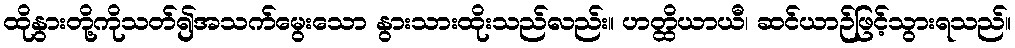
ထိုနွားတို့ကိုသတ်၍အသက်မွေးသော နွားသားထိုးသည်လည်း။ ဟတ္ထိယာယီ၊ ဆင်ယာဉ်ဖြင့်သွားရသည်။